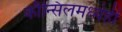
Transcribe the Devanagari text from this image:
कौन्सिलमध्येही